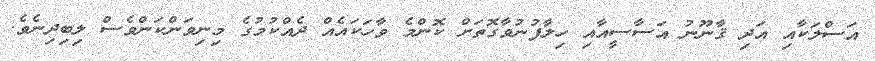
އަސްލަކާއި އަދި ޤާނޫނު އަސާސީއާއި ހިލާފުނުވާގޮތަށް ކޮންމެ ވާހަކައެއް ދެއްކުމުގެ މިނިވަންކަންވެސް ލިބިދިނެވެ.